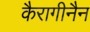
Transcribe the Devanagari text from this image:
कैरागीनैन